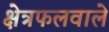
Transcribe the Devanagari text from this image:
क्षेत्रफलवाले